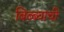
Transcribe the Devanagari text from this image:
बिब्ब्याची